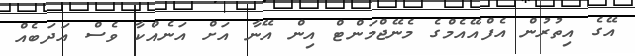
އޭގެ އިތުރުން އެފްއޭއެމްގެ މެނޭޖްމަންޓް އިން އޭނާ އަށް އަނެއްކާ ވެސް އަދަބެއް